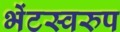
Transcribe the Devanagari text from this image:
भेंटस्‍वरुप